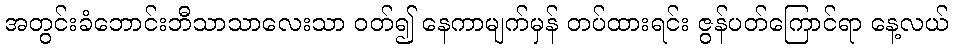
အတွင်းခံဘောင်းဘီသာသာလေးသာ ဝတ်၍ နေကာမျက်မှန် တပ်ထားရင်း ဇွန်ပတ်ကြောင်ရာ နေ့လယ်